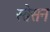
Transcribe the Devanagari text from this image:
स्तेसन